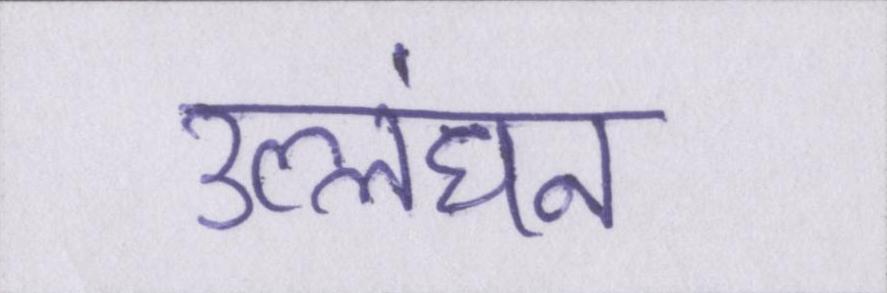
उल्लंघन